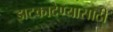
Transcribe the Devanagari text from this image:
झटकादेण्यासाठी